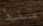
منذ